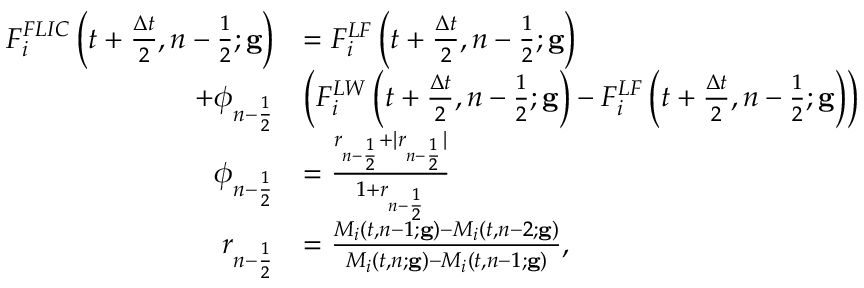
\begin{array} { r l } { F _ { i } ^ { F L I C } \left( t + \frac { \Delta t } { 2 } , n - \frac { 1 } { 2 } ; \mathbf { g } \right) } & { = F _ { i } ^ { L F } \left( t + \frac { \Delta t } { 2 } , n - \frac { 1 } { 2 } ; \mathbf { g } \right) } \\ { + \phi _ { n - \frac { 1 } { 2 } } } & { \left( F _ { i } ^ { L W } \left( t + \frac { \Delta t } { 2 } , n - \frac { 1 } { 2 } ; \mathbf { g } \right) - F _ { i } ^ { L F } \left( t + \frac { \Delta t } { 2 } , n - \frac { 1 } { 2 } ; \mathbf { g } \right) \right) } \\ { \phi _ { n - \frac { 1 } { 2 } } } & { = \frac { r _ { n - \frac { 1 } { 2 } } + | r _ { n - \frac { 1 } { 2 } } | } { 1 + r _ { n - \frac { 1 } { 2 } } } } \\ { r _ { n - \frac { 1 } { 2 } } } & { = \frac { M _ { i } ( t , n - 1 ; \mathbf { g } ) - M _ { i } ( t , n - 2 ; \mathbf { g } ) } { M _ { i } ( t , n ; \mathbf { g } ) - M _ { i } ( t , n - 1 ; \mathbf { g } ) } , } \end{array}